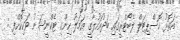
އަތޮޅު ހޮސްޕިޓަލް ލެބޯޓްރީގައި ބަދުއަހުލާގީ އަމަލު ހިންގި ޓެކްނީޝަނު ވަކިކޮށްފި :